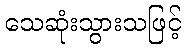
သေဆုံးသွားသဖြင့်